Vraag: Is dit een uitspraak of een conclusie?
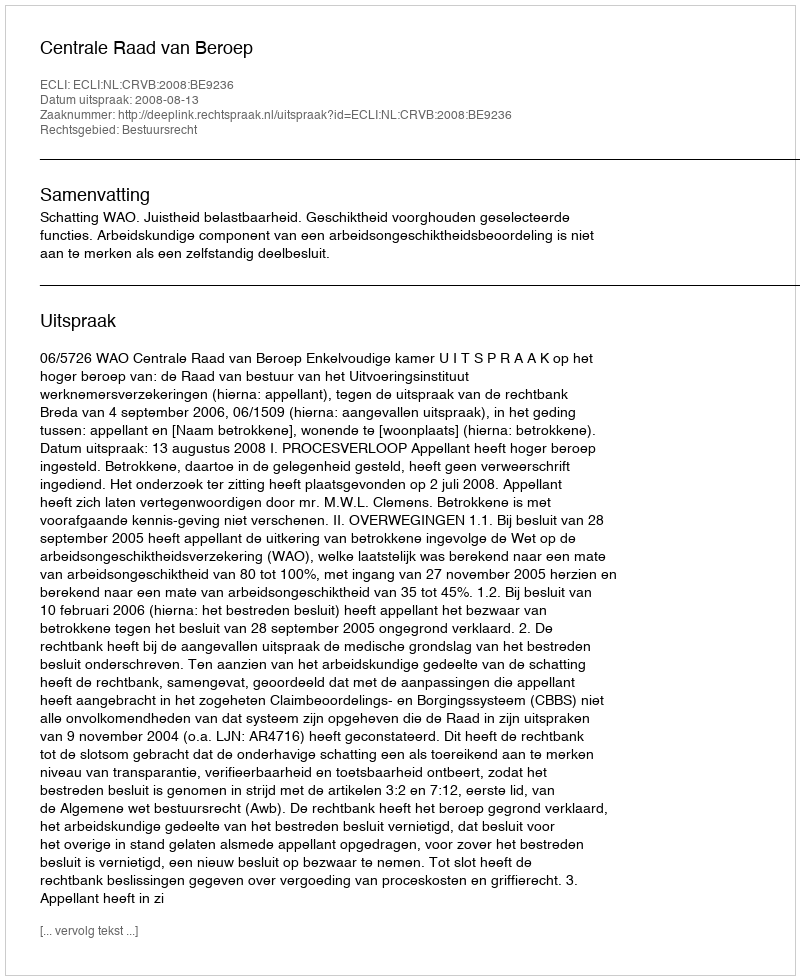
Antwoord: Uitspraak